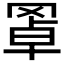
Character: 𦋇